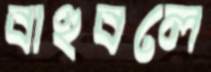
বাহুবলে